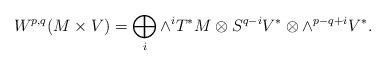
LaTeX: \begin{align*} W^{p,q}(M\times V)=\bigoplus_i \wedge^i T^*M\otimes S^{q-i} V^*\otimes \wedge^{p-q+i} V^*.\end{align*}